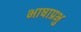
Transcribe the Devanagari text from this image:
भाषाप्रभु